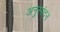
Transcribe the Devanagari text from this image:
अनुस्पंदन